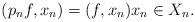
LaTeX: \begin{align*}(p_n f, x_n) = (f, x_n) x_n \in X_n.\end{align*}